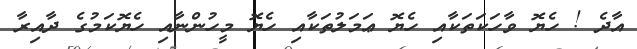
އާދެ ! ހެޔޮ ވާހަކަތަކާއި ހެޔޮ ޢަމަލުތަކާއި ހެޔޮ މީހުންނާއި ހެޔޮކަމުގެ ދާއިރާ